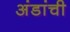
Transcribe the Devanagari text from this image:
अंडांची